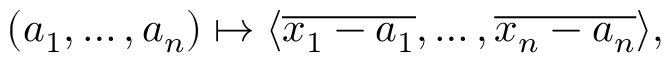
( a _ { 1 } , \ldots , a _ { n } ) \mapsto \langle { \overline { { x _ { 1 } - a _ { 1 } } } } , \ldots , { \overline { { x _ { n } - a _ { n } } } } \rangle ,